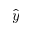
\hat { y }